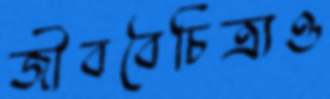
জীববৈচিত্র্যও